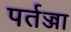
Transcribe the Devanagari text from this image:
पर्तज्जा